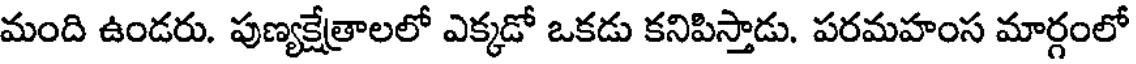
మంది ఉండరు. పుణ్యక్షేత్రాలలో ఎక్కడో ఒకడు కనిపిస్తాడు. పరమహంస మార్గంలో